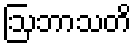
ဩဘာသတိ